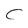
Character: C